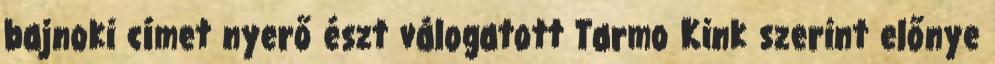
bajnoki címet nyerő észt válogatott Tarmo Kink szerint előnye